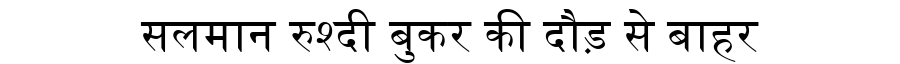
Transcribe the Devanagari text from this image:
सलमान रुश्दी बुकर की दौड़ से बाहर